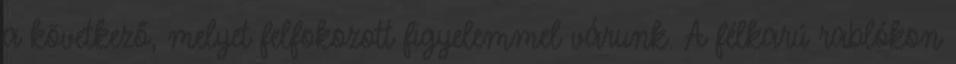
a következő, melyet felfokozott figyelemmel várunk. A félkarú rablókon